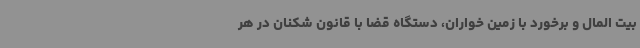
بیت المال و برخورد با زمین خواران، دستگاه قضا با قانون شکنان در هر